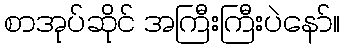
စာအုပ်ဆိုင် အကြီးကြီးပဲနော်။